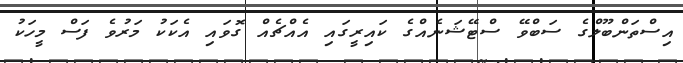
އިސްތަންބޫލްގެ ސަބްވޭ ސްޓޭޝަނެއްގެ ކައިރީގައި އެއްޗެއް ގޮވައި އެކަކު މަރުވެ ފަސް މީހަކު